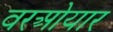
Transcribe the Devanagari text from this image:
वरओयार